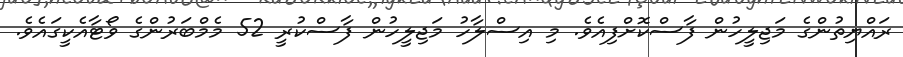
ރައްޔިތުންގެ މަޖިލީހުން ފާސްކޮށްފިއެވެ. މި އިސްލާހު މަޖިލީހުން ފާސްކުރީ 52 މެމްބަރުންގެ ވޯޓާއެކީގައެވެ.